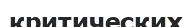
критических